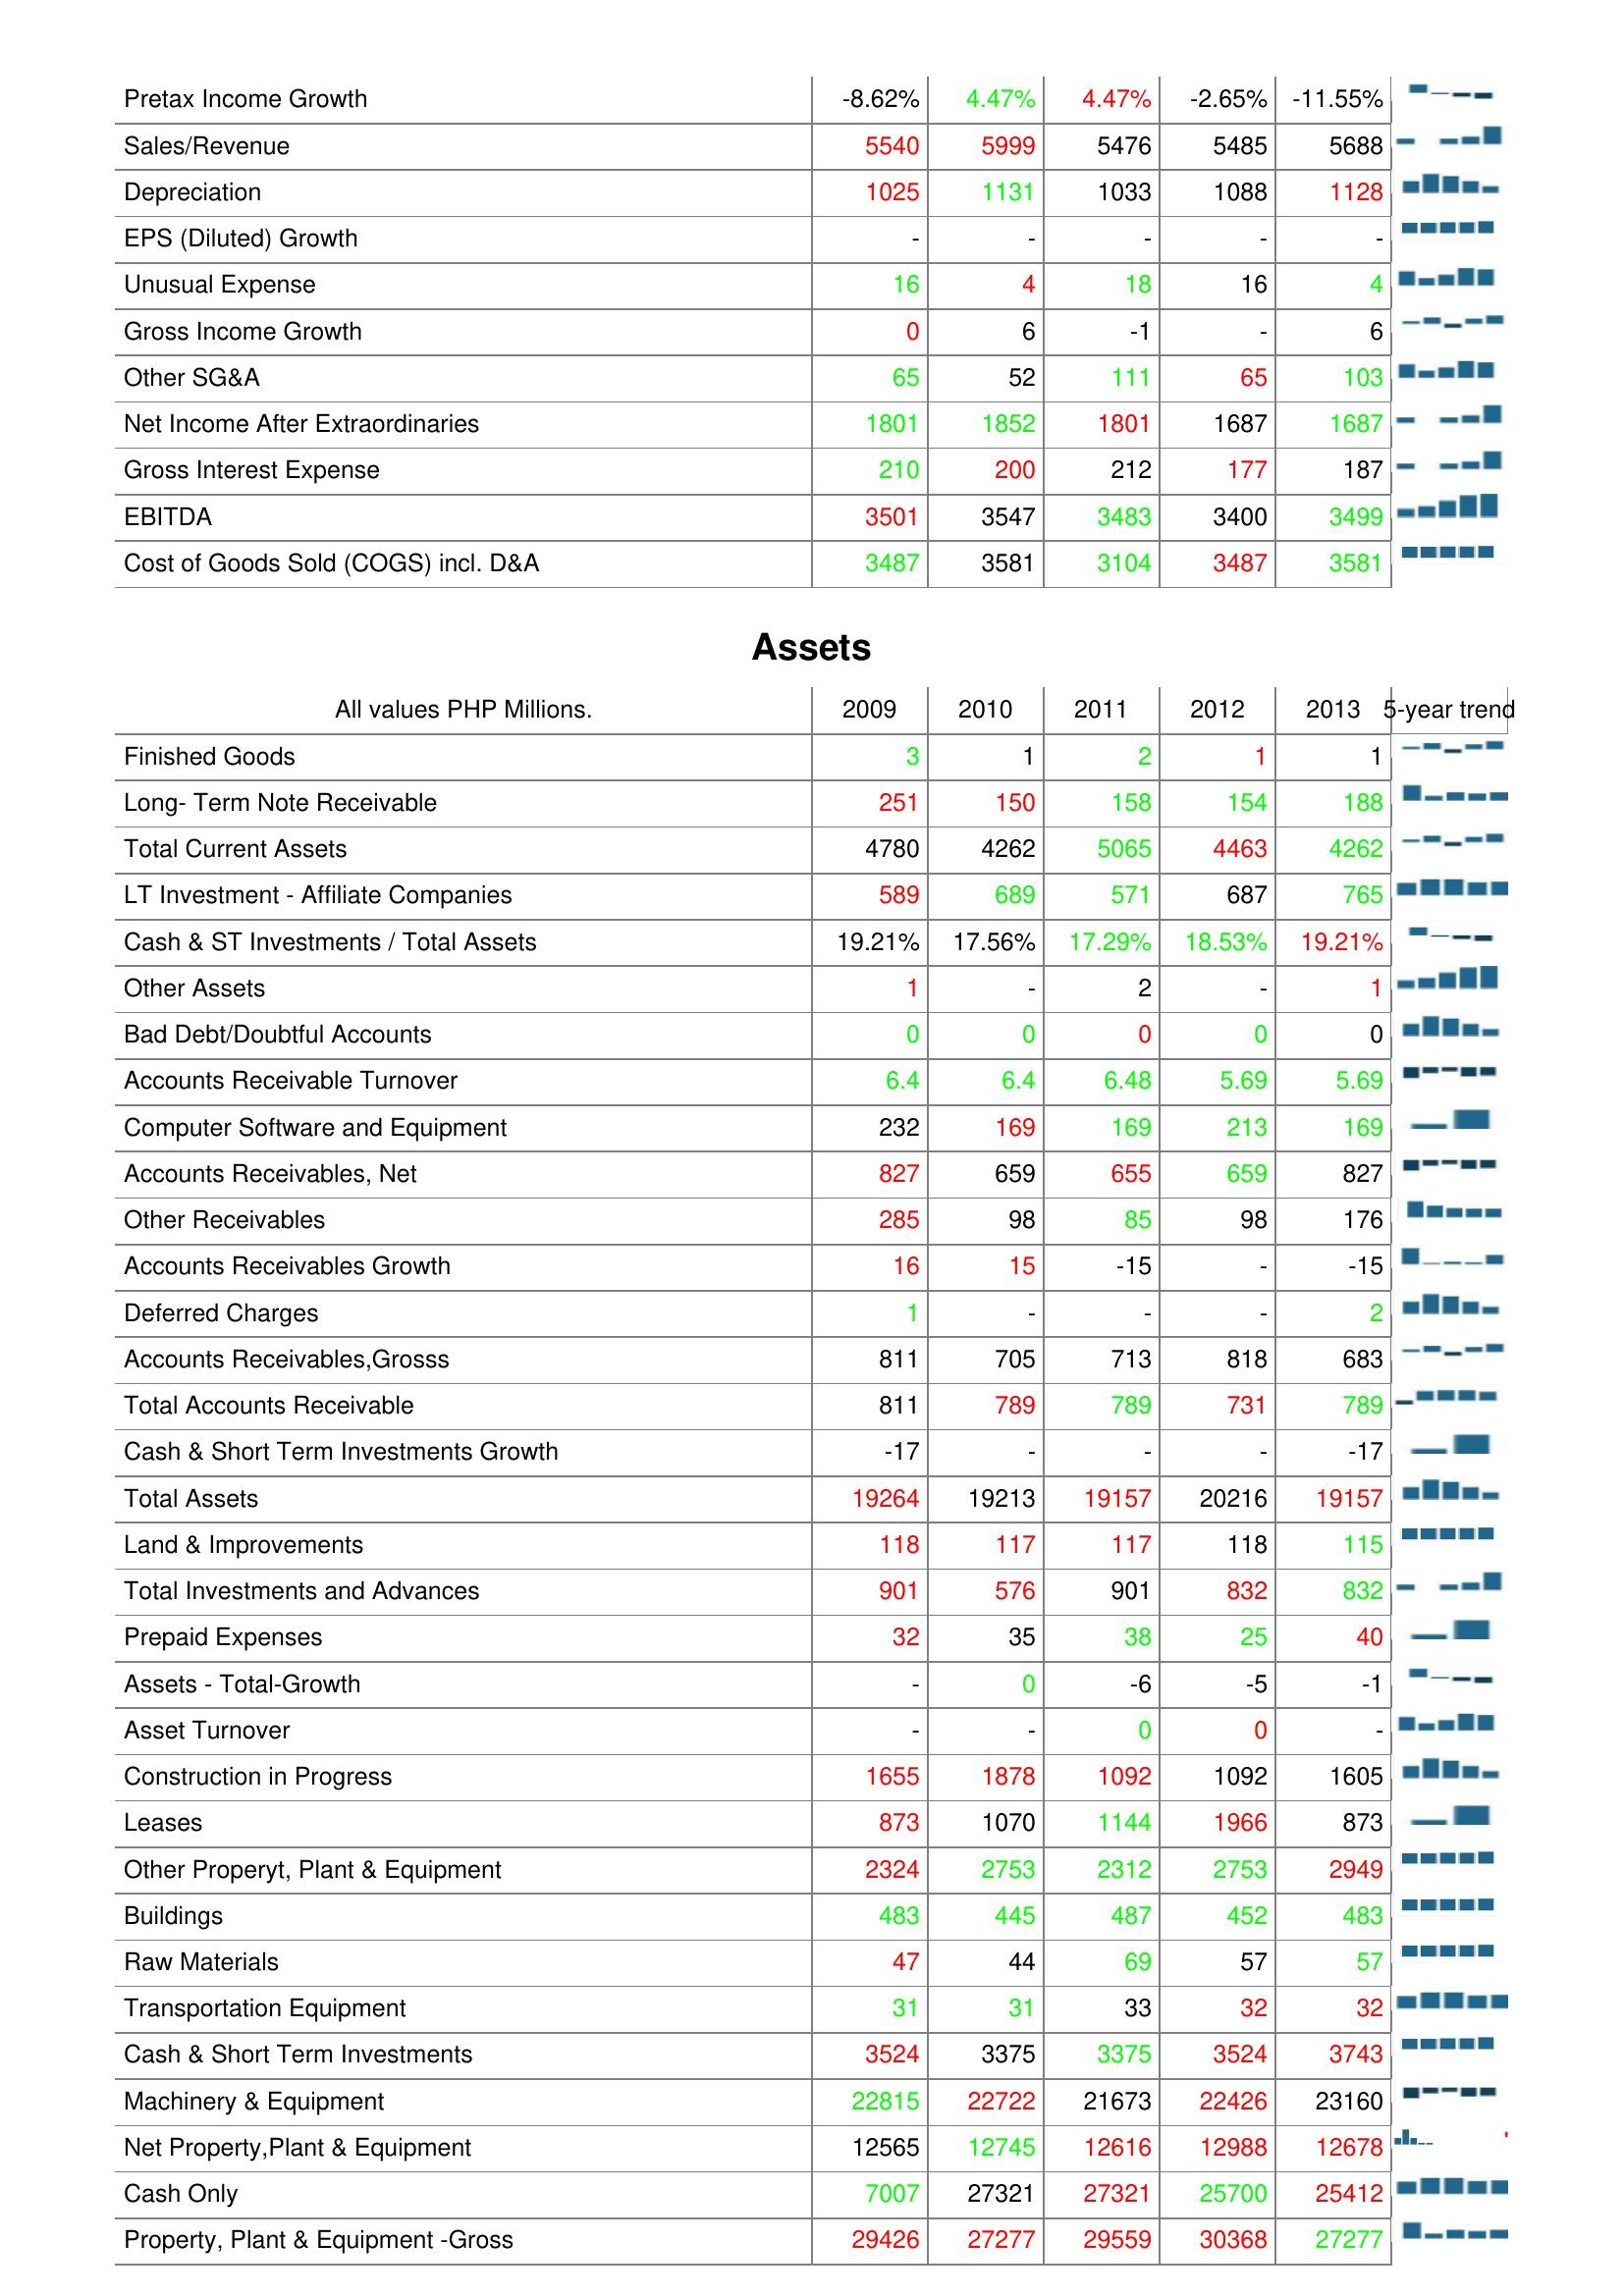
2009: : Pretax Income Growth: -8.62%
Sales/Revenue: 5540
Depreciation: 1025
EPS (Diluted) Growth: -
Unusual Expense: 16
Gross Income Growth: 0
Other SG&A: 65
Net Income After Extraordinaries: 1801
Gross Interest Expense: 210
EBITDA: 3501
Cost of Goods Sold (COGS) incl. D&A: 3487
Assets: Finished Goods: 3
Long- Term Note Receivable: 251
Total Current Assets: 4780
LT Investment - Affiliate Companies: 589
Cash & ST Investments / Total Assets: 19.21%
Other Assets: 1
Bad Debt/Doubtful Accounts: 0
Accounts Receivable Turnover: 6.4
Computer Software and Equipment: 232
Accounts Receivables, Net: 827
Other Receivables: 285
Accounts Receivables Growth: 16
Deferred Charges: 1
Accounts Receivables,Grosss: 811
Total Accounts Receivable: 811
Cash & Short Term Investments Growth: -17
Total Assets: 19264
Land & Improvements: 118
Total Investments and Advances: 901
Prepaid Expenses: 32
Assets - Total-Growth: -
Asset Turnover: -
Construction in Progress: 1655
Leases: 873
Other Properyt, Plant & Equipment: 2324
Buildings: 483
Raw Materials: 47
Transportation Equipment: 31
Cash & Short Term Investments: 3524
Machinery & Equipment: 22815
Net Property,Plant & Equipment: 12565
Cash Only: 7007
Property, Plant & Equipment -Gross: 29426
2010: : Pretax Income Growth: 4.47%
Sales/Revenue: 5999
Depreciation: 1131
EPS (Diluted) Growth: -
Unusual Expense: 4
Gross Income Growth: 6
Other SG&A: 52
Net Income After Extraordinaries: 1852
Gross Interest Expense: 200
EBITDA: 3547
Cost of Goods Sold (COGS) incl. D&A: 3581
Assets: Finished Goods: 1
Long- Term Note Receivable: 150
Total Current Assets: 4262
LT Investment - Affiliate Companies: 689
Cash & ST Investments / Total Assets: 17.56%
Other Assets: -
Bad Debt/Doubtful Accounts: 0
Accounts Receivable Turnover: 6.4
Computer Software and Equipment: 169
Accounts Receivables, Net: 659
Other Receivables: 98
Accounts Receivables Growth: 15
Deferred Charges: -
Accounts Receivables,Grosss: 705
Total Accounts Receivable: 789
Cash & Short Term Investments Growth: -
Total Assets: 19213
Land & Improvements: 117
Total Investments and Advances: 576
Prepaid Expenses: 35
Assets - Total-Growth: 0
Asset Turnover: -
Construction in Progress: 1878
Leases: 1070
Other Properyt, Plant & Equipment: 2753
Buildings: 445
Raw Materials: 44
Transportation Equipment: 31
Cash & Short Term Investments: 3375
Machinery & Equipment: 22722
Net Property,Plant & Equipment: 12745
Cash Only: 27321
Property, Plant & Equipment -Gross: 27277
2011: : Pretax Income Growth: 4.47%
Sales/Revenue: 5476
Depreciation: 1033
EPS (Diluted) Growth: -
Unusual Expense: 18
Gross Income Growth: -1
Other SG&A: 111
Net Income After Extraordinaries: 1801
Gross Interest Expense: 212
EBITDA: 3483
Cost of Goods Sold (COGS) incl. D&A: 3104
Assets: Finished Goods: 2
Long- Term Note Receivable: 158
Total Current Assets: 5065
LT Investment - Affiliate Companies: 571
Cash & ST Investments / Total Assets: 17.29%
Other Assets: 2
Bad Debt/Doubtful Accounts: 0
Accounts Receivable Turnover: 6.48
Computer Software and Equipment: 169
Accounts Receivables, Net: 655
Other Receivables: 85
Accounts Receivables Growth: -15
Deferred Charges: -
Accounts Receivables,Grosss: 713
Total Accounts Receivable: 789
Cash & Short Term Investments Growth: -
Total Assets: 19157
Land & Improvements: 117
Total Investments and Advances: 901
Prepaid Expenses: 38
Assets - Total-Growth: -6
Asset Turnover: 0
Construction in Progress: 1092
Leases: 1144
Other Properyt, Plant & Equipment: 2312
Buildings: 487
Raw Materials: 69
Transportation Equipment: 33
Cash & Short Term Investments: 3375
Machinery & Equipment: 21673
Net Property,Plant & Equipment: 12616
Cash Only: 27321
Property, Plant & Equipment -Gross: 29559
2012: : Pretax Income Growth: -2.65%
Sales/Revenue: 5485
Depreciation: 1088
EPS (Diluted) Growth: -
Unusual Expense: 16
Gross Income Growth: -
Other SG&A: 65
Net Income After Extraordinaries: 1687
Gross Interest Expense: 177
EBITDA: 3400
Cost of Goods Sold (COGS) incl. D&A: 3487
Assets: Finished Goods: 1
Long- Term Note Receivable: 154
Total Current Assets: 4463
LT Investment - Affiliate Companies: 687
Cash & ST Investments / Total Assets: 18.53%
Other Assets: -
Bad Debt/Doubtful Accounts: 0
Accounts Receivable Turnover: 5.69
Computer Software and Equipment: 213
Accounts Receivables, Net: 659
Other Receivables: 98
Accounts Receivables Growth: -
Deferred Charges: -
Accounts Receivables,Grosss: 818
Total Accounts Receivable: 731
Cash & Short Term Investments Growth: -
Total Assets: 20216
Land & Improvements: 118
Total Investments and Advances: 832
Prepaid Expenses: 25
Assets - Total-Growth: -5
Asset Turnover: 0
Construction in Progress: 1092
Leases: 1966
Other Properyt, Plant & Equipment: 2753
Buildings: 452
Raw Materials: 57
Transportation Equipment: 32
Cash & Short Term Investments: 3524
Machinery & Equipment: 22426
Net Property,Plant & Equipment: 12988
Cash Only: 25700
Property, Plant & Equipment -Gross: 30368
2013: : Pretax Income Growth: -11.55%
Sales/Revenue: 5688
Depreciation: 1128
EPS (Diluted) Growth: -
Unusual Expense: 4
Gross Income Growth: 6
Other SG&A: 103
Net Income After Extraordinaries: 1687
Gross Interest Expense: 187
EBITDA: 3499
Cost of Goods Sold (COGS) incl. D&A: 3581
Assets: Finished Goods: 1
Long- Term Note Receivable: 188
Total Current Assets: 4262
LT Investment - Affiliate Companies: 765
Cash & ST Investments / Total Assets: 19.21%
Other Assets: 1
Bad Debt/Doubtful Accounts: 0
Accounts Receivable Turnover: 5.69
Computer Software and Equipment: 169
Accounts Receivables, Net: 827
Other Receivables: 176
Accounts Receivables Growth: -15
Deferred Charges: 2
Accounts Receivables,Grosss: 683
Total Accounts Receivable: 789
Cash & Short Term Investments Growth: -17
Total Assets: 19157
Land & Improvements: 115
Total Investments and Advances: 832
Prepaid Expenses: 40
Assets - Total-Growth: -1
Asset Turnover: -
Construction in Progress: 1605
Leases: 873
Other Properyt, Plant & Equipment: 2949
Buildings: 483
Raw Materials: 57
Transportation Equipment: 32
Cash & Short Term Investments: 3743
Machinery & Equipment: 23160
Net Property,Plant & Equipment: 12678
Cash Only: 25412
Property, Plant & Equipment -Gross: 27277